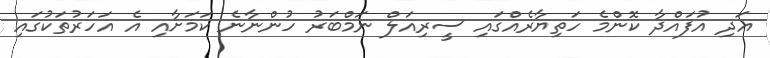
އަދި އުފައްދާ ކޮންމެ ހަތިޔާރެއްގައި ސީރިއަލް ނަމްބަރު ހުންނާނެ ކަމަށާއި އެ އަހަރުތަކުގައި